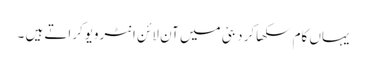
یہاں کام سکھاکر دبئی میں آن لائن انٹرویوکراتے ہیں ۔